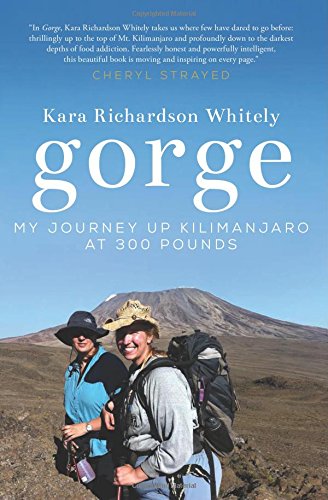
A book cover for Gorge: My Journey Up Kilimanjaro at 300 Pounds; Kara Richardson Whitely; Health, Fitness & Dieting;